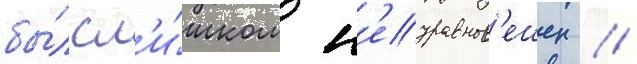
бы́л сл'и́шком н'еуравнов'ешен /